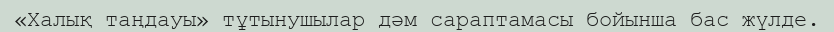
«Халық таңдауы» тұтынушылар дәм сараптамасы бойынша бас жүлде.